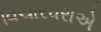
વિચારધરાએ